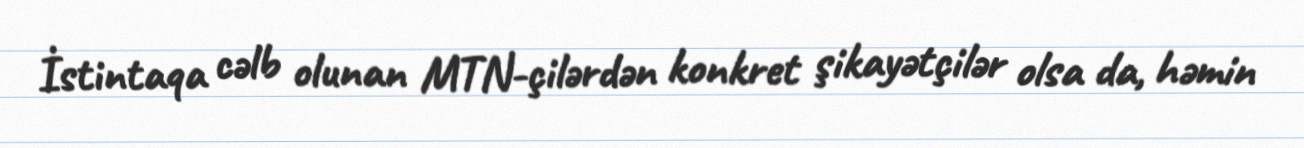
İstintaqa cəlb olunan MTN-çilərdən konkret şikayətçilər olsa da, həmin